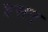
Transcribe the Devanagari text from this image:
हसन्